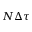
N \Delta \tau